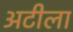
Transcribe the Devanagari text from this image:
अटीला